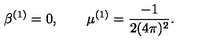
\beta ^ { ( 1 ) } = 0 , \qquad \mu ^ { ( 1 ) } = \frac { - 1 } { 2 ( 4 \pi ) ^ { 2 } } .